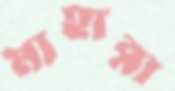
মাহারা